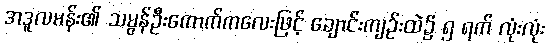
အဒူလမန်း၏ သမွန်ဦးကောက်ကလေးဖြင့် ချောင်းကျဉ်းထဲ၌ ၅ ရက် လုံးလုံး